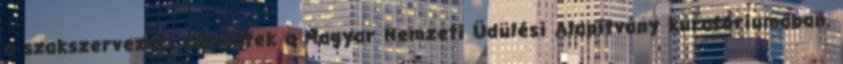
a szakszervezeti küldöttek a Magyar Nemzeti Üdülési Alapítvány kuratóriumában.